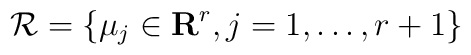
{\cal R}=\{\mu_j\in{\bf R}^r,j=1,\ldots,r+1\}